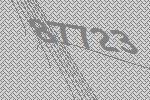
87723